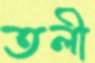
তলী